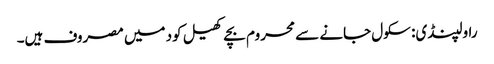
راولپنڈی: سکول جانے سے محروم بچے کھیل کود میں مصروف ہیں۔